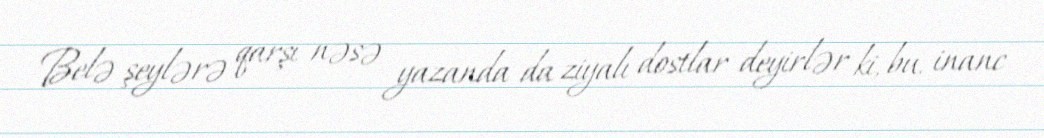
Belə şeylərə qarşı nəsə yazanda da ziyalı dostlar deyirlər ki, bu, inanc